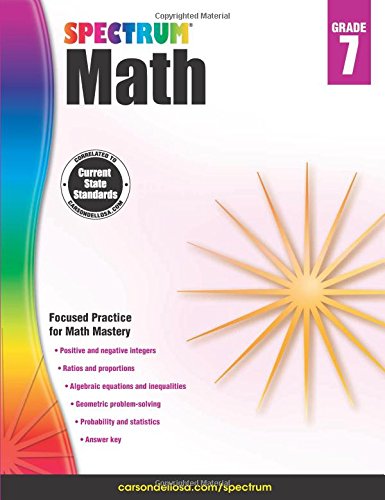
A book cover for Spectrum Math Workbook, Grade 7; Teen & Young Adult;